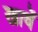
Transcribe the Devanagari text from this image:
खावें